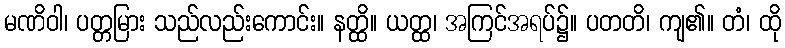
မဏိဝါ၊ ပတ္တမြား သည်လည်းကောင်း။ နတ္ထိ။ ယတ္ထ၊ အကြင်အရပ်၌။ ပတတိ၊ ကျ၏။ တံ၊ ထို